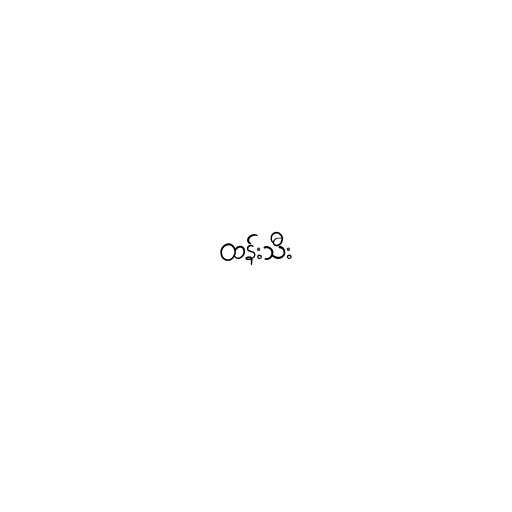
ထန်းသီး